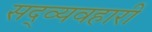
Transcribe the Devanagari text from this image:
सद्व्यवहारी